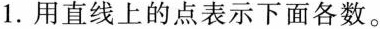
1.用直线上的点表示下面各数。